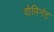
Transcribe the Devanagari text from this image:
दोमिनंट